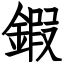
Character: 鍜